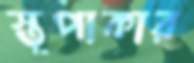
স্তূপাকার